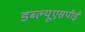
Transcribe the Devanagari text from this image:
डब्ल्यूएसपीई